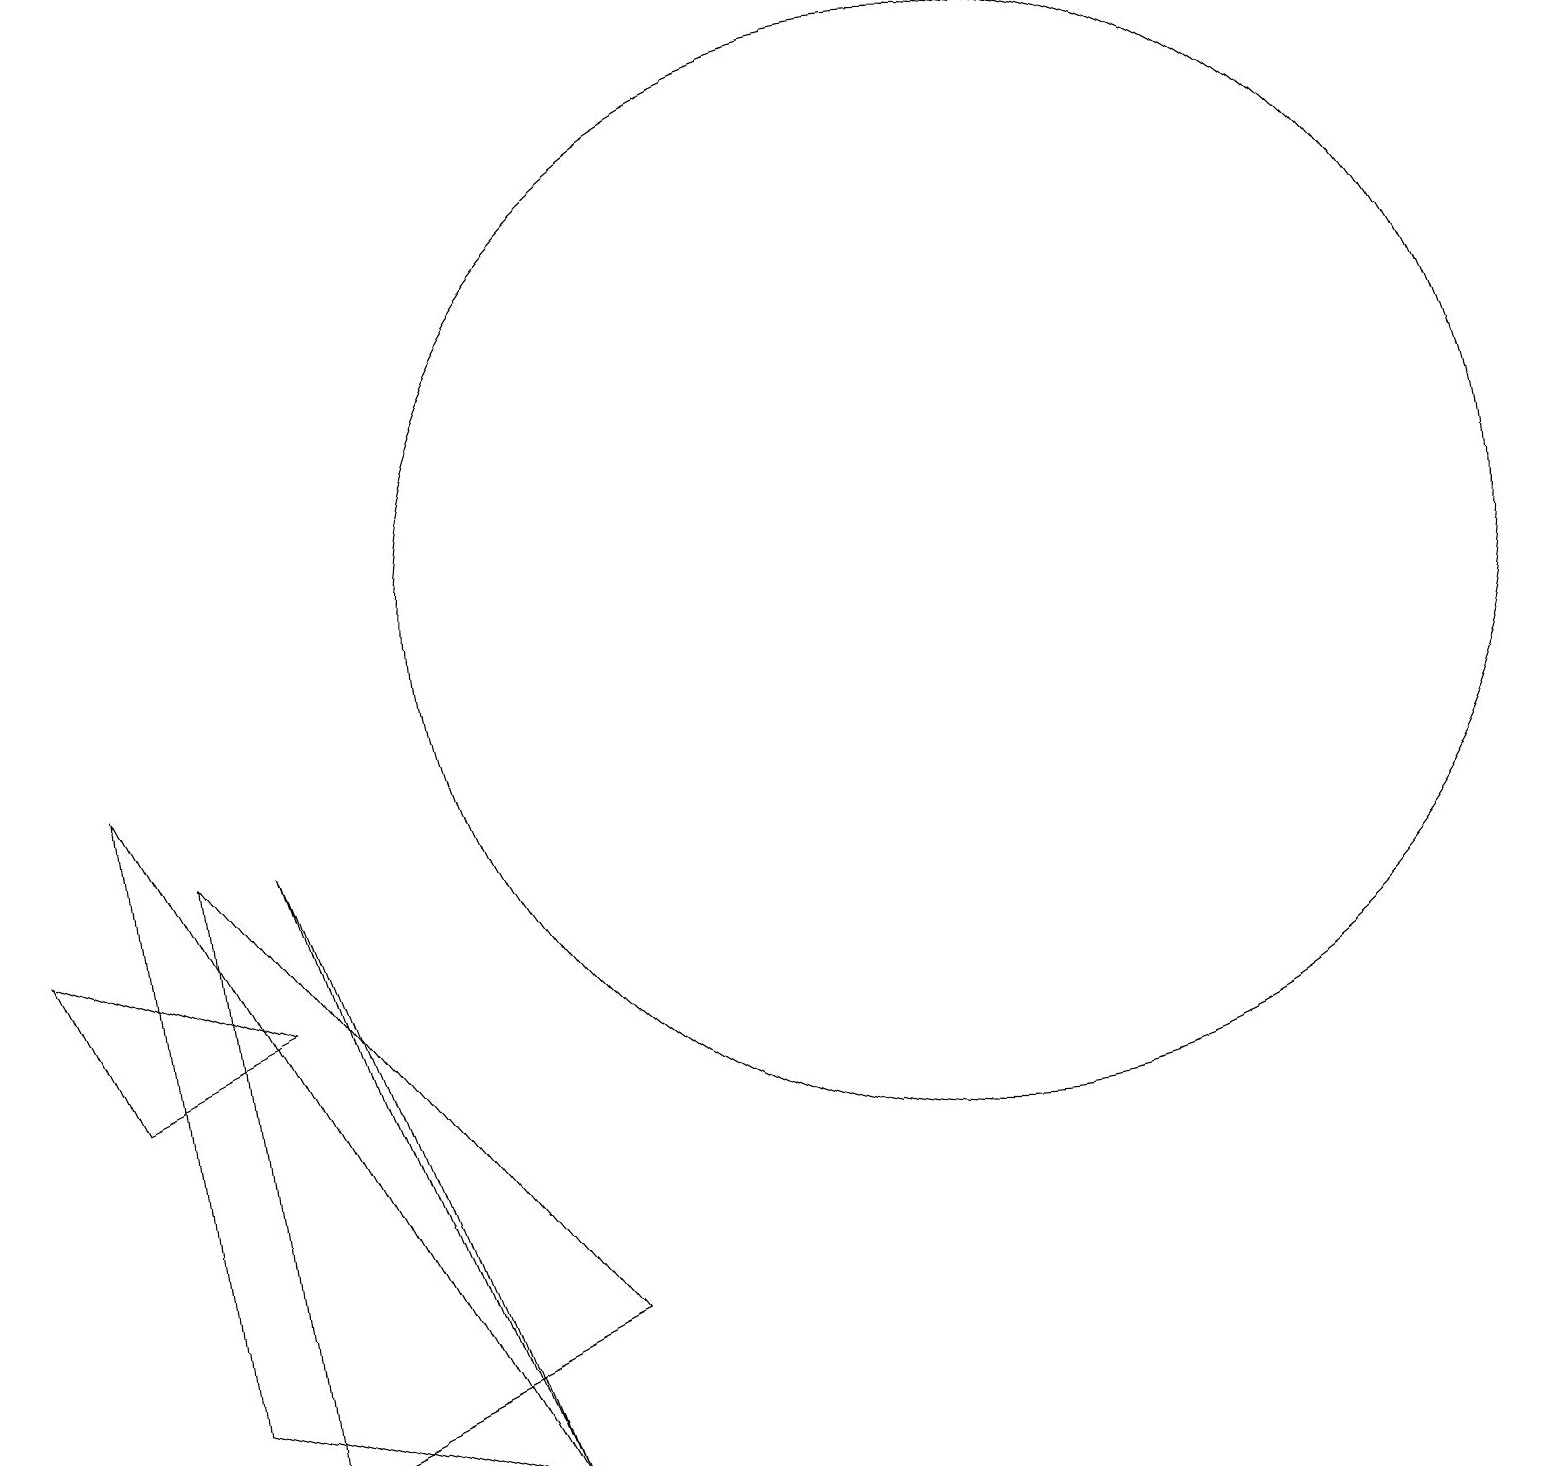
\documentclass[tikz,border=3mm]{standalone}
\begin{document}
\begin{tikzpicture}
\draw (3,0) -- (2,8) -- (7,2) -- cycle;
\draw (6,0) -- (1,9) -- (2,1) -- cycle;
\draw (6,0) -- (4,5) -- (3,8) -- cycle;
\draw (12,11) circle (7);
\draw (3,6) -- (0,7) -- (1,5) -- cycle;
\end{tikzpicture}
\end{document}